Vaccine operations Central Provinces 1900-1911 - 1900-1911
Year: 1900
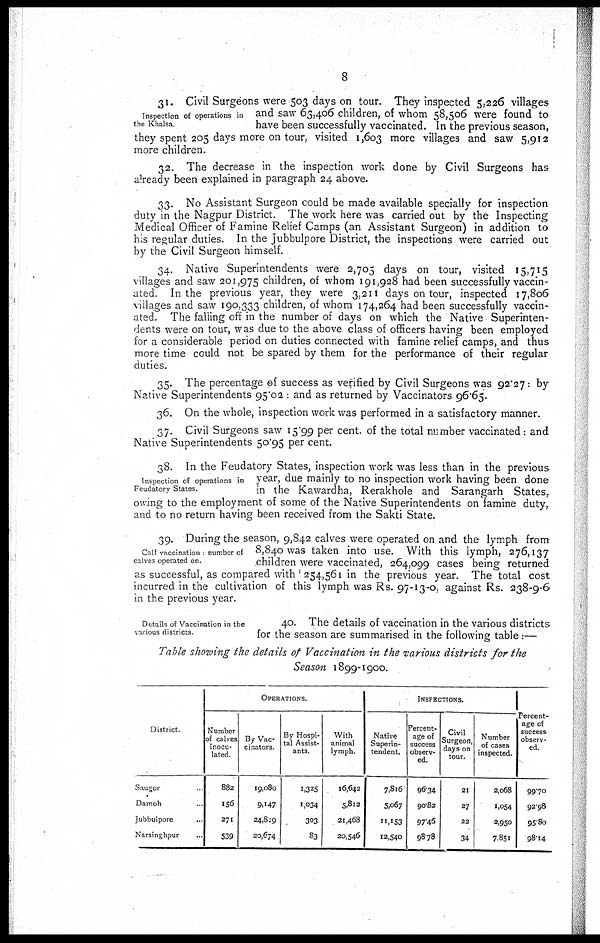
8
Inspection of operations in
the Khalsa.
31. Civil Surgeons were 503 days on tour. They inspected 5,226 villages
and saw 63,406 children, of whom 58,506 were found to
have been successfully vaccinated. In the previous season,
they spent 205 days more on tour, visited 1,603 more villages and saw 5,912
more children.
32. The decrease in the inspection work done by Civil Surgeons has
already been explained in paragraph 24 above.
33. No Assistant Surgeon could be made available specially for inspection
duty in the Nagpur District. The work here was carried out by the Inspecting
Medical Officer of Famine Relief Camps (an Assistant Surgeon) in addition to
his regular duties. In the Jubbulpore District, the inspections were carried out
by the Civil Surgeon himself.
34. Native Superintendents were 2,705 days on tour, visited 15,715
villages and saw 201,975 children, of whom 191,928 had been successfully vaccin-
ated. In the previous year, they were 3,211 days on tour, inspected 17,806
villages and saw 190,333 children, of whom 174,264 had been successfully vaccin-
ated. The falling off in the number of days on which the Native Superinten-
dents were on tour, was due to the above class of officers having been employed
for a considerable period on duties connected with famine relief camps, and thus
more time could not be spared by them for the performance of their regular
duties.
35. The percentage of success as verified by Civil Surgeons was 92.27: by
Native Superintendents 95.02 : and as returned by Vaccinators 96.65.
36. On the whole, inspection work was performed in a satisfactory manner.
37. Civil Surgeons saw 15.99 per cent. of the total number vaccinated: and
Native Superintendents 50.95 per cent.
Inspection of operations in
Feudatory States.
38. In the Feudatory States, inspection work was less than in the previous
year, due mainly to no inspection work having been done
in the Kawardha, Rerakhole and Sarangarh States,
owing to the employment of some of the Native Superintendents on famine duty,
and to no return having been received from the Sakti State.
Calf vaccination number of
calves operated on
39. During the season, 9,842 calves were operated on and the lymph from
8,840 was taken into use. With this lymph, 276,137
children were vaccinated, 264,099 cases being returned
as successful, as compared with 254,561 in the previous year. The total cost
incurred in the cultivation of this lymph was Rs. 97-13-0, against Rs. 238-9-6
in the previous year.
Details of Vaccination in the
various districts
40. The details of vaccination in the various districts
for the season are summarised in the following table:—
Table showing the details of Vaccination in the various districts for the
Season 1899-1900.
District
Saugor.
Damoh...
Jubbulpore..
Narsinghpur...
OPERATIONS.
Number
of calves
inocu-
lated
882
156
271
539
By Vac
cinators.
19,080
9,147
24,819
20,674
By Hospi-
tal Assist.
ants.
1,325
1,034
303
83
With
animal
lymph.
16,642
5,812
21,468
20,546
INSPECTIONS.
Native
Superin-
tendent.
7,816
5,067
11,153
12,540
Percent-
age of
success
observ-
ed.
96.34
90.82
97.46
98.78
Civil
Surgeon,
days on
tour.
21
27
22
34
Number
of cases
inspected.
2,068
1,054
2,950
7,851
Percent-
age of
success
observ-
ed
99.70
92.98
95.80
98.14